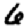
Digit: 6